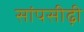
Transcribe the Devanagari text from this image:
सांपसीढ़ी